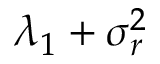
\lambda _ { 1 } + \sigma _ { r } ^ { 2 }